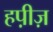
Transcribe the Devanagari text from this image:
हप़ीज़